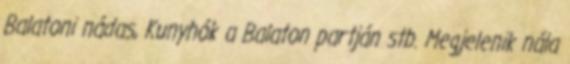
Balatoni nádas, Kunyhók a Balaton partján stb. Megjelenik nála